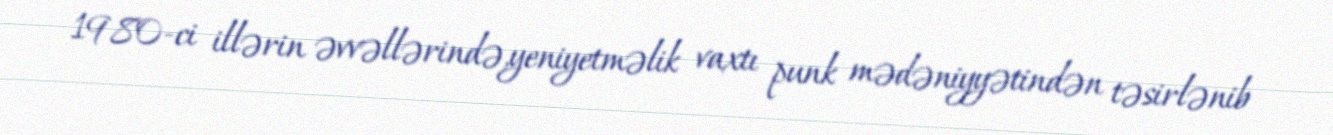
1980-ci illərin əvvəllərində,yeniyetməlik vaxtı punk mədəniyyətindən təsirlənib